画像に写った文字を読んでください
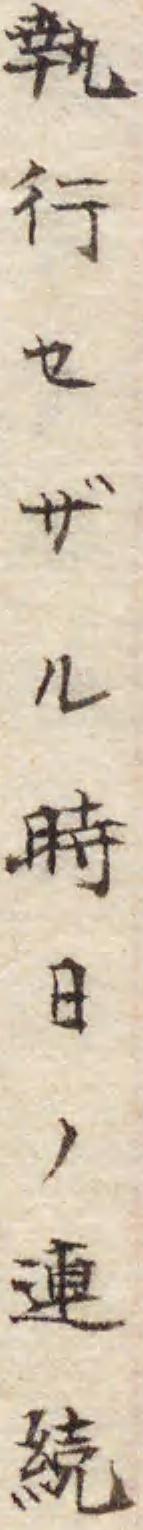
「執行セザル時日ノ連続」と書いてあります